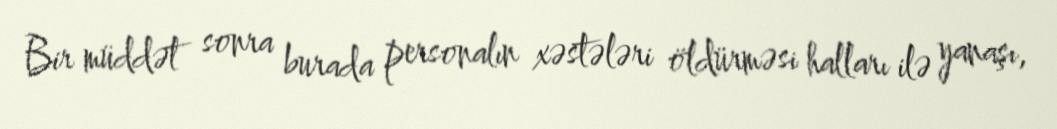
Bir müddət sonra burada personalın xəstələri öldürməsi halları ilə yanaşı,